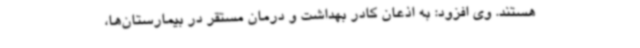
هستند. وی افزود: به اذعان کادر بهداشت و درمان مستقر در بیمارستان‌ها،